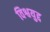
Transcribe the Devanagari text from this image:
विश्वयुद्द